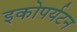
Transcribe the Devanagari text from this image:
इकोपर्यटन